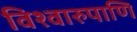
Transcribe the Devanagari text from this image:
विश्वारुपाणि